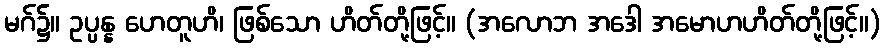
မဂ်၌။ ဥပ္ပန္န ဟေတူဟိ၊ ဖြစ်သော ဟိတ်တို့ဖြင့်။ (အလောဘ အဒေါ အမောဟဟိတ်တို့ဖြင့်။)